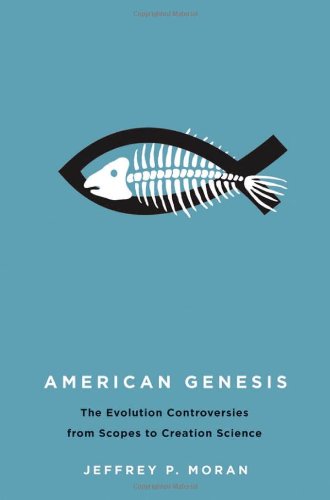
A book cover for American Genesis: The Evolution Controversies from Scopes to Creation Science; Jeffrey P. Moran; Christian Books & Bibles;